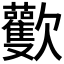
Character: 𣤾